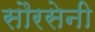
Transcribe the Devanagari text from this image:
सौरसेनी